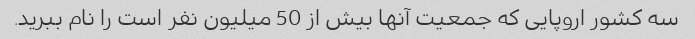
سه کشور اروپایی که جمعیت آنها بیش از 50 میلیون نفر است را نام ببرید.